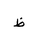
Letter: _za